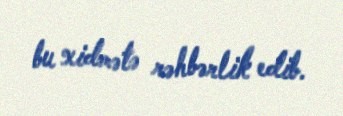
bu xidmətə rəhbərlik edib.